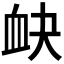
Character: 𧖫